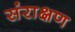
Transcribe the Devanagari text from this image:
संराक्षण